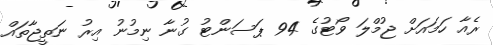
ރެއާ ހަމައަށް ޖުމްލަ ވޯޓުގެ 94 ޕަސަންޓު ގުނާ ނިމުނު އިރު ނަތީޖާތައް